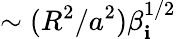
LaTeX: \sim(R^{2}/a^{2})\beta_{\mathbf{i}}^{1/2}